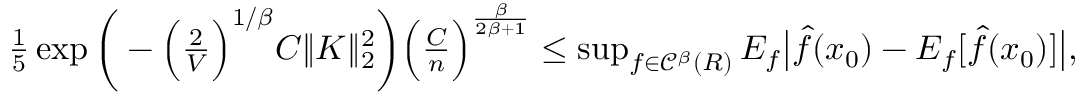
\begin{array} { r } { \frac 1 5 \exp \bigg ( - \Big ( \frac 2 V \Big ) ^ { 1 / \beta } C \| K \| _ { 2 } ^ { 2 } \bigg ) \Big ( \frac { C } { n } \Big ) ^ { \frac { \beta } { 2 \beta + 1 } } \leq \operatorname* { s u p } _ { f \in { \mathscr C } ^ { \beta } ( R ) } E _ { f } \big | \widehat f ( x _ { 0 } ) - E _ { f } [ \widehat f ( x _ { 0 } ) ] \big | , } \end{array}